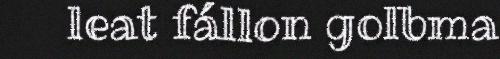
leat fállon golbma